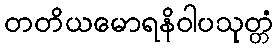
တတိယမောရနိဝါပသုတ္တံ